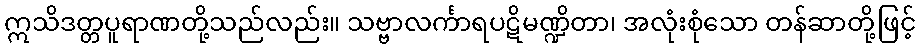
ဣသိဒတ္တပူရာဏတို့သည်လည်း။ သဗ္ဗာလင်္ကာရပဋိမဏ္ဍိတာ၊ အလုံးစုံသော တန်ဆာတို့ဖြင့်